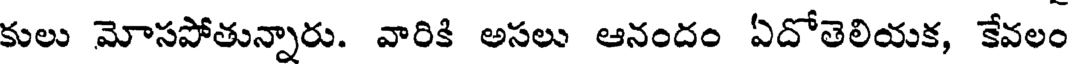
కులు మోసపోతున్నారు. వారికి అసలు ఆనందం ఏదోతెలియక, కేవలం